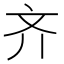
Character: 齐